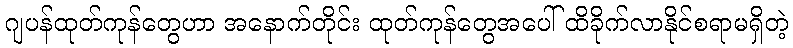
ဂျပန်ထုတ်ကုန်တွေဟာ အနောက်တိုင်း ထုတ်ကုန်တွေအပေါ် ထိခိုက်လာနိုင်စရာမရှိတဲ့